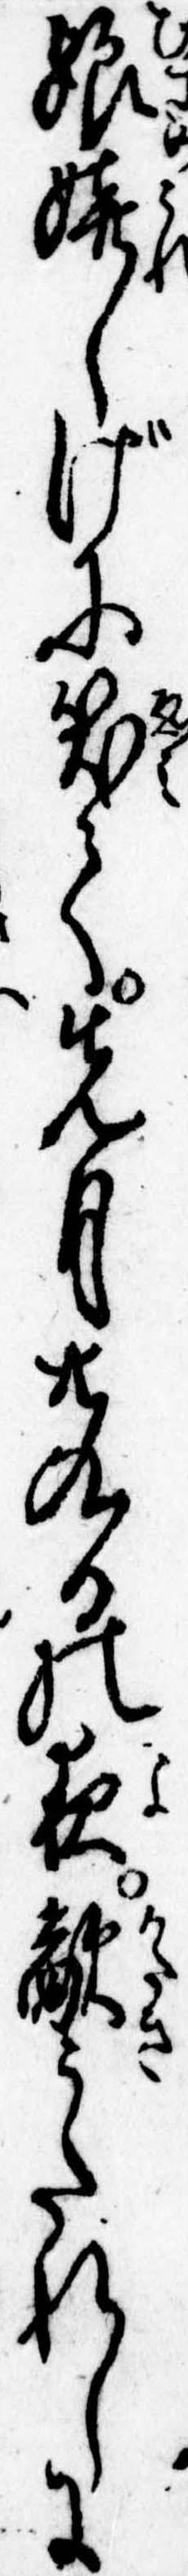
娘嬉しげに笑て先月廿九日の夜敵うたれしに